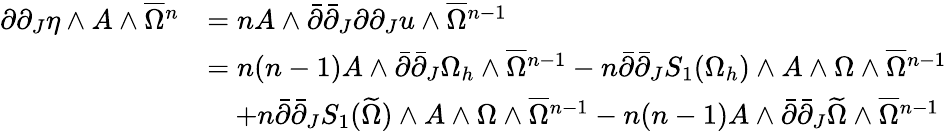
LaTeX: \begin{array}{rl}{\partial\partial_{J}\eta\wedge A\wedge\overline{{\Omega}}{\mathstrut}^{n}}&{=nA\wedge\bar{\partial}\bar{\partial}_{J}\partial\partial_{J}u\wedge\overline{{\Omega}}{\mathstrut}^{n-1}}\\ &{=n(n-1)A\wedge\bar{\partial}\bar{\partial}_{J}\Omega_{h}\wedge\overline{{\Omega}}{\mathstrut}^{n-1}-n\bar{\partial}\bar{\partial}_{J}S_{1}(\Omega_{h})\wedge A\wedge\Omega\wedge\overline{{\Omega}}{\mathstrut}^{n-1}}\\ &{\quad+n\bar{\partial}\bar{\partial}_{J}S_{1}(\widetilde{\Omega})\wedge A\wedge\Omega\wedge\overline{{\Omega}}{\mathstrut}^{n-1}-n(n-1)A\wedge\bar{\partial}\bar{\partial}_{J}\widetilde{\Omega}\wedge\overline{{\Omega}}{\mathstrut}^{n-1}}\end{array}